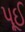
પૂઈ